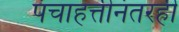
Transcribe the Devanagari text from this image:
पंचाहत्तीनंतरही